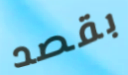
بقصد